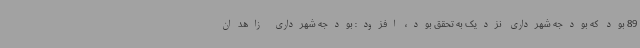
89 بود که بودجه شهرداری نزدیک به تحقق بود، افزود: بودجه شهرداری زاهدان